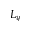
L _ { y }